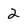
Character: 2